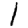
Digit: 1